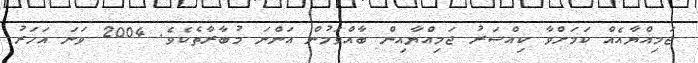
ޖަމިއްޔާއެއް ކަމަށްވާ ކިއްސަރު ޖަމިއްޔާއިން ބާއްވަމުން އަންނަ މުބާރާތެކެވެ. 2004 ވަނަ އަހަރު